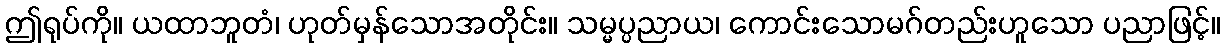
ဤရုပ်ကို။ ယထာဘူတံ၊ ဟုတ်မှန်သောအတိုင်း။ သမ္မပ္ပညာယ၊ ကောင်းသောမဂ်တည်းဟူသော ပညာဖြင့်။